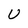
Character: U